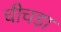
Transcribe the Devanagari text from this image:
चीचड़ा